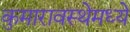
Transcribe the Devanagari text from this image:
कुमारावस्थेमध्ये